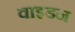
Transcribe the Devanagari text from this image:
वाइडन